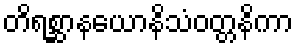
တိရစ္ဆာနယောနိသံဝတ္တနိကာ